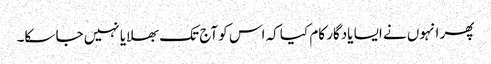
پھر انہوں نے ایسا یادگار کام کیا کہ اس کو آج تک بھلایا نہیں جا سکا۔